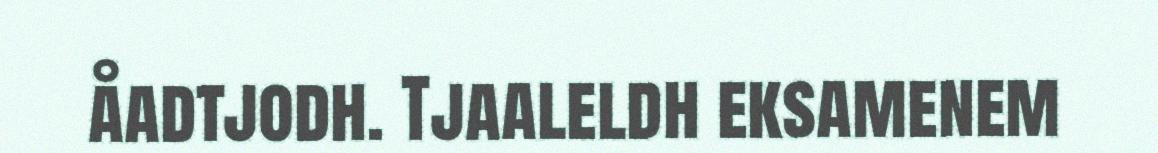
åadtjodh. Tjaaleldh eksamenem